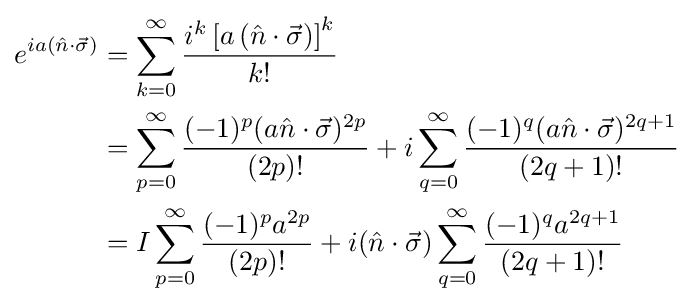
{\begin{aligned}e^{ia\left({\hat {n}}\cdot {\vec {\sigma }}\right)}&=\sum _{k=0}^{\infty }{\frac {i^{k}\left[a\left({\hat {n}}\cdot {\vec {\sigma }}\right)\right]^{k}}{k!}}\\&=\sum _{p=0}^{\infty }{\frac {(-1)^{p}(a{\hat {n}}\cdot {\vec {\sigma }})^{2p}}{(2p)!}}+i\sum _{q=0}^{\infty }{\frac {(-1)^{q}(a{\hat {n}}\cdot {\vec {\sigma }})^{2q+1}}{(2q+1)!}}\\&=I\sum _{p=0}^{\infty }{\frac {(-1)^{p}a^{2p}}{(2p)!}}+i({\hat {n}}\cdot {\vec {\sigma }})\sum _{q=0}^{\infty }{\frac {(-1)^{q}a^{2q+1}}{(2q+1)!}}\\\end{aligned}}